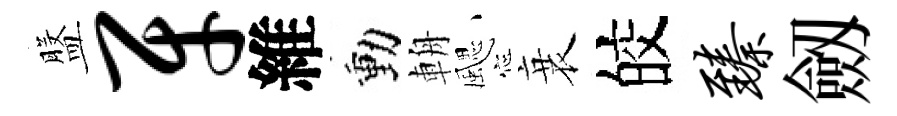
盤牙維動輈颸衰皎臻劔